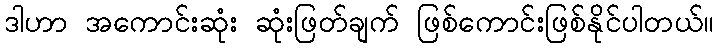
ဒါဟာ အကောင်းဆုံး ဆုံးဖြတ်ချက် ဖြစ်ကောင်းဖြစ်နိုင်ပါတယ်။